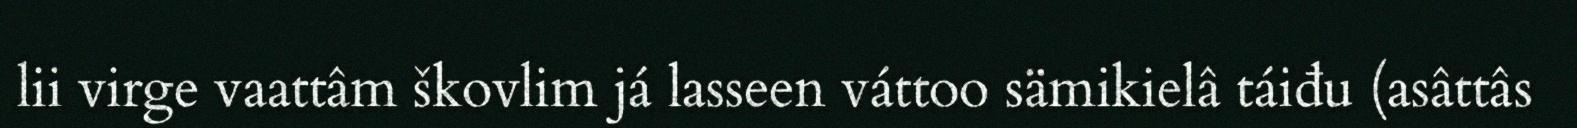
lii virge vaattâm škovlim já lasseen váttoo sämikielâ táiđu (asâttâs